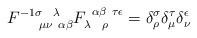
\begin{align*}F^{-1 \sigma ~~\lambda}_{~~~~\mu \nu ~\alpha \beta}F_{\lambda~~\rho}^{~\alpha \beta ~ \tau \epsilon} =\delta^\sigma_\rho \delta^\tau_\mu \delta^\epsilon_\nu\end{align*}